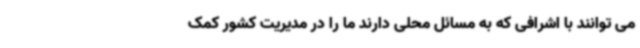
می ‌توانند با اشرافی که به مسائل محلی دارند ما را در مدیریت کشور کمک